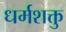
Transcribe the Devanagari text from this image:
धर्मशक्तु